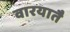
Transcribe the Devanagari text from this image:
वारयातै